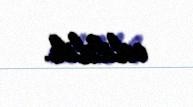
edildik.